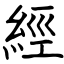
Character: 經